Document type: Sale
Year: 1430
Scribe: [Unknown]
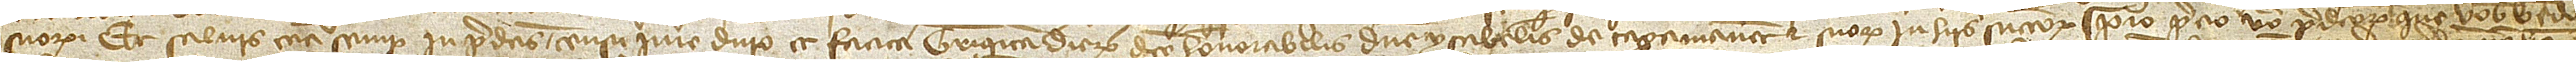
suorum; et salvis etiam semper in predictis censu, iure, dominio et fatica triginta dierum dicte honorabilis domine Ysabelis de Tagamanent et suorum in hiis successorum. Pro precio vero predictorum que vobis vendo